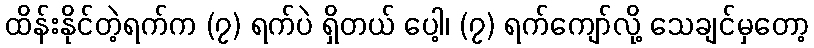
ထိန်းနိုင်တဲ့ရက်က (၇) ရက်ပဲ ရှိတယ် ပေါ့၊ (၇) ရက်ကျော်လို့ သေချင်မှတော့